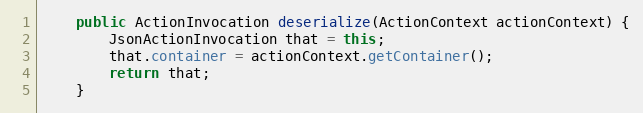
Language: Java
	public ActionInvocation deserialize(ActionContext actionContext) {
		JsonActionInvocation that = this;
		that.container = actionContext.getContainer();
		return that;
	}